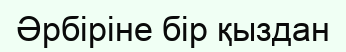
Әрбiрiне бiр қыздан